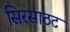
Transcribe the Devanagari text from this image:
सिरसाठट